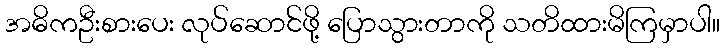
အဓိကဦးစားပေး လုပ်ဆောင်ဖို့ ပြောသွားတာကို သတိထားမိကြမှာပါ။